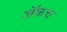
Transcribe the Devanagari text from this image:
जॅकच